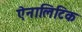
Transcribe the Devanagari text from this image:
ऐनालिटिक